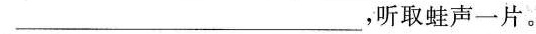
___，听取蛙声一片。